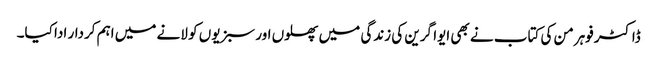
ڈاکٹر فوہرمن کی کتاب نے بھی ایوا گرین کی زندگی میں پھلوں اور سبزیوں کو لانے میں اہم کردار ادا کیا۔